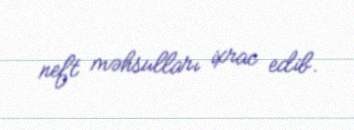
neft məhsulları ixrac edib.